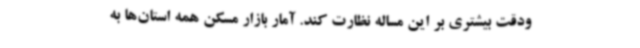
ودقت بیشتری بر این مساله نظارت کند. آمار بازار مسکن همه استان‌ها به